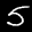
Label: 5